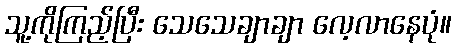
သူ့ကိုကြည့်ပြီး သေသေချာချာ လေ့လာနေပုံ။